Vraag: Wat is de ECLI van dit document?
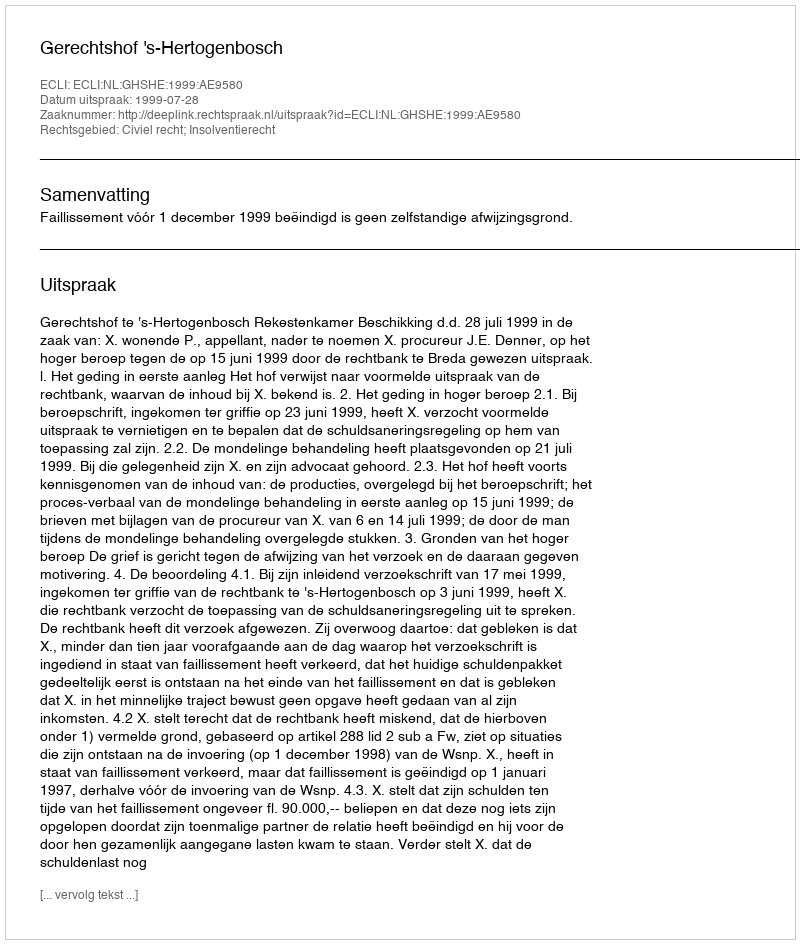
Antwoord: ECLI:NL:GHSHE:1999:AE9580